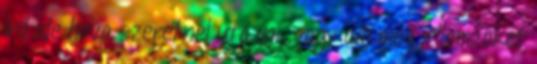
Írd ide hova szeretnél utazni, vagy adj meg jellemzőket